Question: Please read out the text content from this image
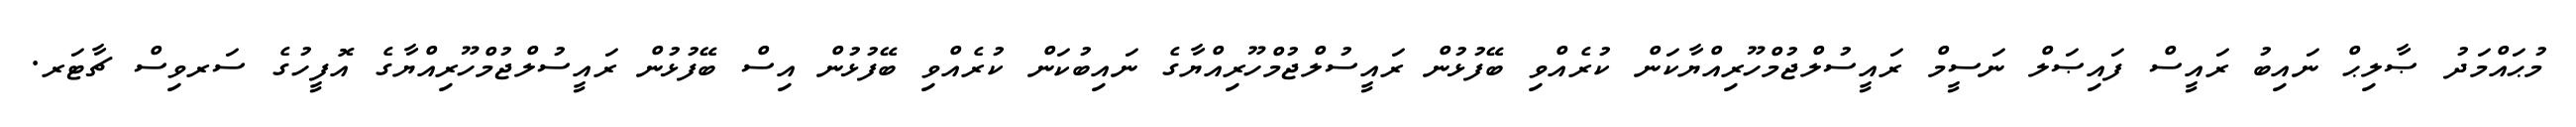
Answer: މުޙައްމަދު ޞާލިޙް ނައިބު ރައީސް ފައިޞަލް ނަސީމް ރައީސުލްޖުމްހޫރިއްޔާކަން ކުރެއްވި ބޭފުޅުން ރައީސުލްޖުމްހޫރިއްޔާގެ ނައިބުކަން ކުރެއްވި ބޭފުޅުން އިސް ބޭފުޅުން ރައީސުލްޖުމްހޫރިއްޔާގެ އޮފީހުގެ ސަރވިސް ޗާޓަރ.